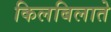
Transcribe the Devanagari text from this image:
किलबिलाते